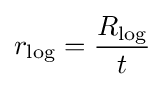
r_{\mathrm {log} }={\frac {R_{\mathrm {log} }}{t}}